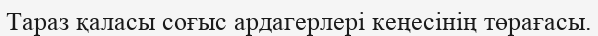
Тараз қаласы соғыс ардагерлері кеңесінің төрағасы.